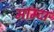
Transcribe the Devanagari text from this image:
माम्दा